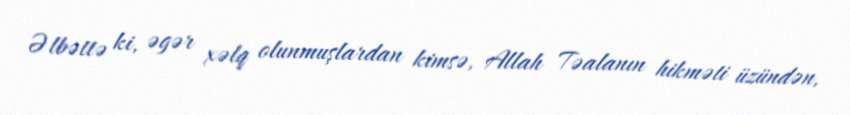
Əlbəttə ki, əgər xəlq olunmuşlardan kimsə, Allah Təalanın hikməti üzündən,